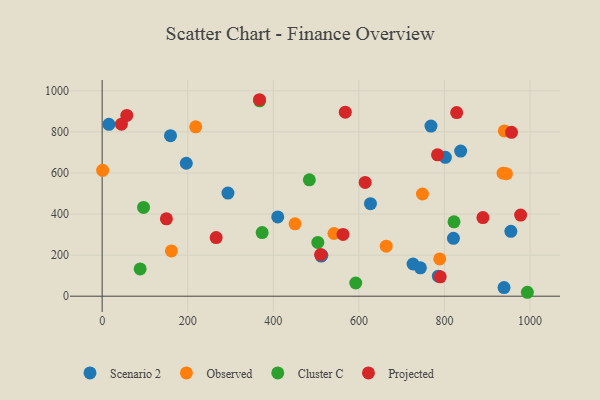
{"axis": {"x": "Engine Size", "y": "Yield"}, "legend": ["Cluster C", "Observed", "Projected", "Scenario 2"], "data": [{"x": "939.2", "y": 42.0, "type": "Scenario 2"}, {"x": "955.1", "y": 315.8, "type": "Scenario 2"}, {"x": "294.0", "y": 502.3, "type": "Scenario 2"}, {"x": "159.7", "y": 781.9, "type": "Scenario 2"}, {"x": "785.6", "y": 97.6, "type": "Scenario 2"}, {"x": "837.8", "y": 706.8, "type": "Scenario 2"}, {"x": "513.4", "y": 199.4, "type": "Scenario 2"}, {"x": "511.8", "y": 195.6, "type": "Scenario 2"}, {"x": "410.3", "y": 386.0, "type": "Scenario 2"}, {"x": "726.5", "y": 156.7, "type": "Scenario 2"}, {"x": "196.6", "y": 647.5, "type": "Scenario 2"}, {"x": "820.9", "y": 282.0, "type": "Scenario 2"}, {"x": "743.7", "y": 138.0, "type": "Scenario 2"}, {"x": "768.4", "y": 828.5, "type": "Scenario 2"}, {"x": "15.8", "y": 837.0, "type": "Scenario 2"}, {"x": "802.1", "y": 676.1, "type": "Scenario 2"}, {"x": "627.0", "y": 450.5, "type": "Scenario 2"}, {"x": "161.8", "y": 220.5, "type": "Observed"}, {"x": "663.8", "y": 243.7, "type": "Observed"}, {"x": "788.8", "y": 181.4, "type": "Observed"}, {"x": "450.7", "y": 352.6, "type": "Observed"}, {"x": "939.8", "y": 805.1, "type": "Observed"}, {"x": "1.1", "y": 612.9, "type": "Observed"}, {"x": "936.9", "y": 599.0, "type": "Observed"}, {"x": "944.8", "y": 596.2, "type": "Observed"}, {"x": "748.5", "y": 497.6, "type": "Observed"}, {"x": "218.6", "y": 824.6, "type": "Observed"}, {"x": "541.7", "y": 305.3, "type": "Observed"}, {"x": "88.8", "y": 132.8, "type": "Cluster C"}, {"x": "484.2", "y": 566.8, "type": "Cluster C"}, {"x": "504.0", "y": 262.1, "type": "Cluster C"}, {"x": "993.7", "y": 19.1, "type": "Cluster C"}, {"x": "592.6", "y": 64.2, "type": "Cluster C"}, {"x": "373.9", "y": 309.6, "type": "Cluster C"}, {"x": "96.7", "y": 432.2, "type": "Cluster C"}, {"x": "368.1", "y": 951.5, "type": "Cluster C"}, {"x": "822.2", "y": 362.1, "type": "Cluster C"}, {"x": "510.5", "y": 202.8, "type": "Projected"}, {"x": "783.7", "y": 688.4, "type": "Projected"}, {"x": "57.6", "y": 880.5, "type": "Projected"}, {"x": "614.6", "y": 554.1, "type": "Projected"}, {"x": "367.6", "y": 956.8, "type": "Projected"}, {"x": "150.1", "y": 376.7, "type": "Projected"}, {"x": "956.6", "y": 797.8, "type": "Projected"}, {"x": "45.0", "y": 837.8, "type": "Projected"}, {"x": "828.5", "y": 894.4, "type": "Projected"}, {"x": "562.8", "y": 301.0, "type": "Projected"}, {"x": "889.8", "y": 382.7, "type": "Projected"}, {"x": "266.4", "y": 285.3, "type": "Projected"}, {"x": "568.2", "y": 896.2, "type": "Projected"}, {"x": "977.9", "y": 394.9, "type": "Projected"}, {"x": "790.0", "y": 94.3, "type": "Projected"}]}